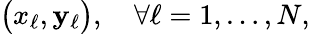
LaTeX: \big(x_{\ell},\mathbf{y}_{\ell}\big),\quad\forall\ell=1,\ldots,N,